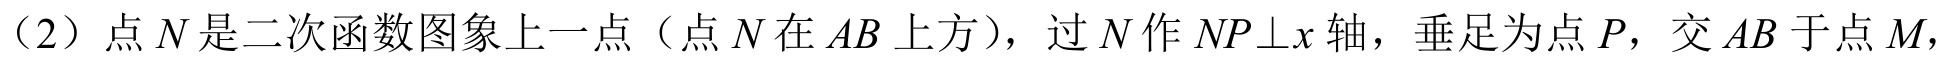
（2）点 \(N\) 是二次函数图象上一点（点 \(N\) 在 \(AB\) 上方），过 \(N\) 作 \(NP\perp x\) 轴，垂足为点 \(P\)，交 \(AB\) 于点 \(M\)，